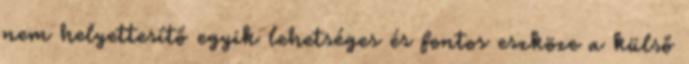
nem helyettesítő egyik lehetséges és fontos eszköze a külső